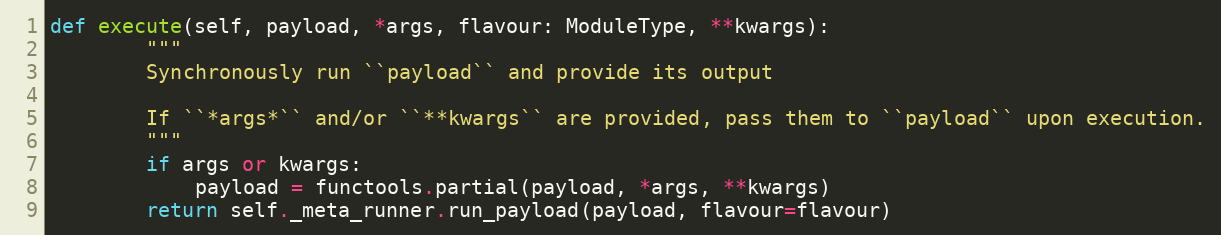
Language: Python
def execute(self, payload, *args, flavour: ModuleType, **kwargs):
        """
        Synchronously run ``payload`` and provide its output

        If ``*args*`` and/or ``**kwargs`` are provided, pass them to ``payload`` upon execution.
        """
        if args or kwargs:
            payload = functools.partial(payload, *args, **kwargs)
        return self._meta_runner.run_payload(payload, flavour=flavour)